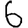
Digit: 6